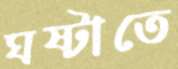
ঘষ্‌টাতে